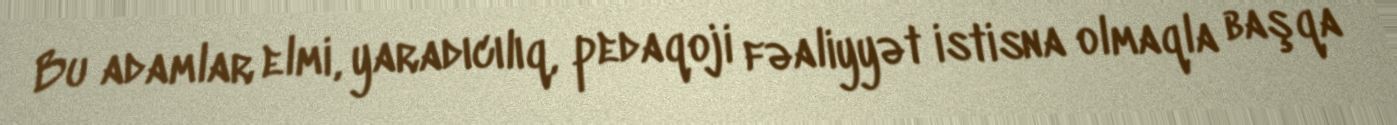
Bu adamlar elmi, yaradıcılıq, pedaqoji fəaliyyət istisna olmaqla başqa